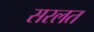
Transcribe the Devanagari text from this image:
सरलत